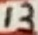
Text: 13